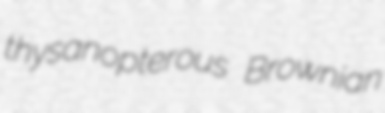
thysanopterous Brownian